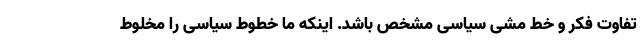
تفاوت‌ فکر و خط مشی‌ سیاسی مشخص باشد. اینکه ما خطوط سیاسی را مخلوط